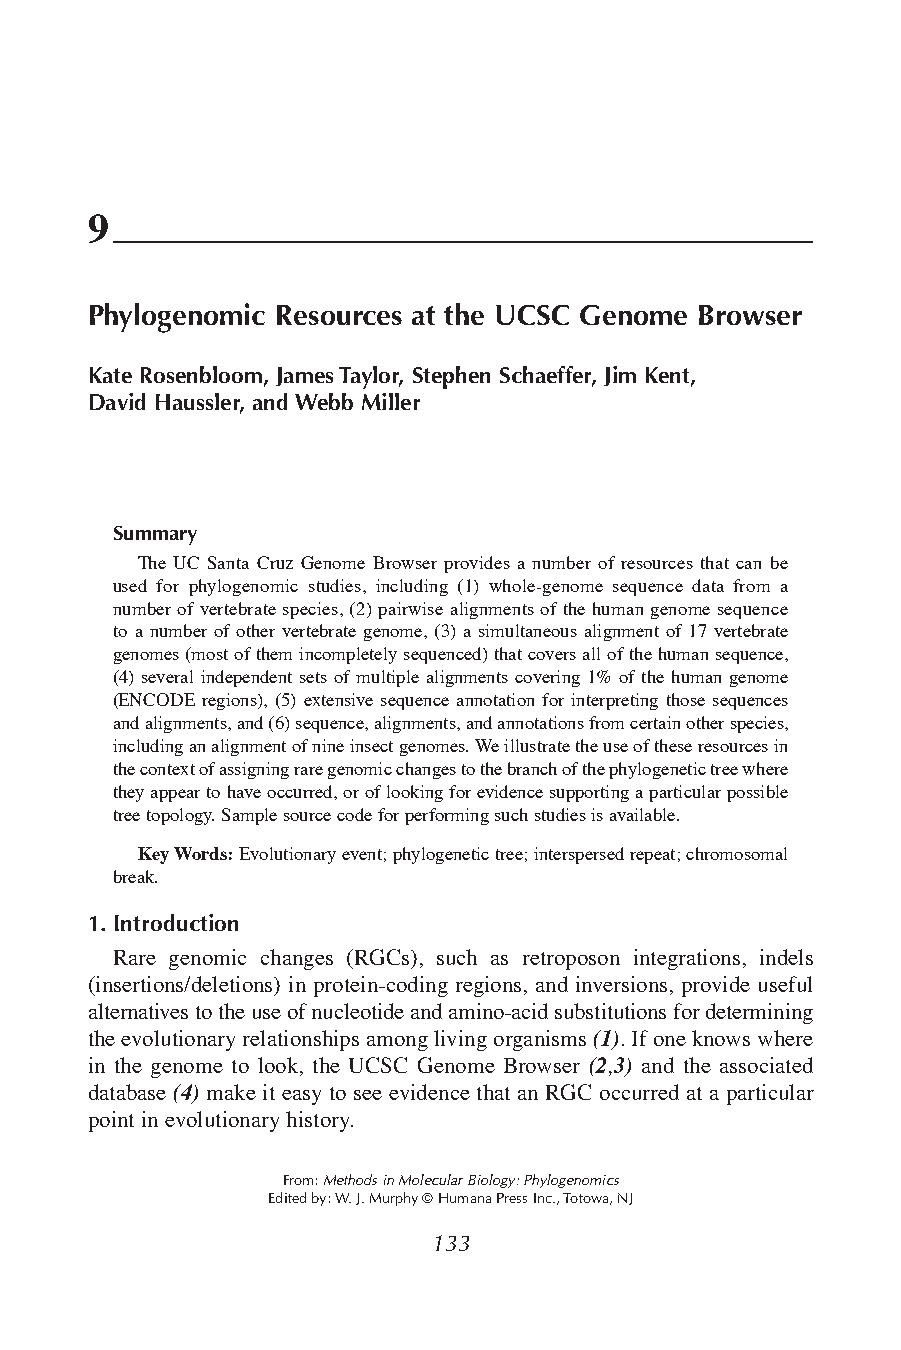
9
 Phylogenomic Resources at the UCSC Genome Browser
 Kate Rosenbloom, James Taylor, Stephen Schaeffer, Jim Kent,
 David Haussler, and Webb Miller
 Summary
 The UC Santa Cruz Genome Browser provides a number of resources that can be
 used for phylogenomic studies, including (1) whole-genome sequence data from a
 number of vertebrate species,(2) pairwise alignments of the human genome sequence
 to a number of other vertebrate genome, (3) a simultaneous alignment of 17 vertebrate
 genomes (most of them incompletely sequenced) that covers all of the human sequence,
 (4) several independent sets of multiple alignments covering 1% of the human genome
 (ENCODE regions), (5) extensive sequence annotation for interpreting those sequences
 and alignments,and (6) sequence,alignments,and annotations from certain other species,
 including an alignment of nine insect genomes. We illustrate the use of these resources in
 the context of assigning rare genomic changes to the branch of the phylogenetic tree where
 they appear to have occurred,or of looking for evidence supporting a particular possible
 tree topology. Sample source code for performing such studies is available.
 Key Words:Evolutionary event; phylogenetic tree; interspersed repeat; chromosomal
 break.
 1. Introduction
 Rare genomic changes (RGCs), such as retroposon integrations, indels
 (insertions/deletions) in protein-coding regions, and inversions, provide useful
 alternatives to the use of nucleotide and amino-acid substitutions for determining
 the evolutionary relationships among living organisms (1). If one knows where
 in the genome to look, the UCSC Genome Browser (2,3) and the associated
 database (4) make it easy to see evidence that an RGC occurred at a particular
 point in evolutionary history.
 From: Methods in Molecular Biology: Phylogenomics
 Edited by: W. J. Murphy © Humana Press Inc., Totowa, NJ
 133